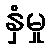
နှံမှု